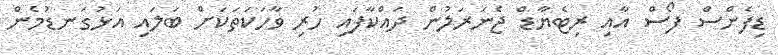
ޑިފެންސް ފޯސް އާއި ރިޓެޔާޑް ޖެނަރަލުން ދައްކާފައި ހުރި ވާހަކަތަކަށް ބަލައި އަޅުގަނޑުމެން